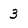
Character: 3